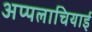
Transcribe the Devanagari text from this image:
अप्पलाचियाई